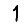
Digit: 1